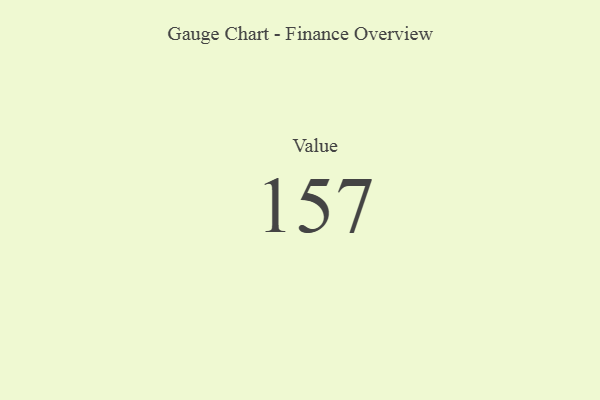
{"axis": {"x": "Metric", "y": "Value"}, "legend": [""], "data": [{"x": "Value", "y": 157, "type": ""}]}